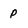
Character: p